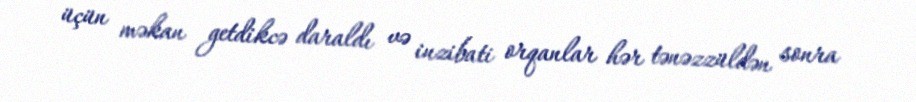
üçün məkan getdikcə daraldı və inzibati orqanlar hər tənəzzüldən sonra